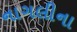
નાગલીના